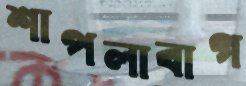
শাপলাবাগ